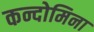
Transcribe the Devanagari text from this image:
कन्दोमिना